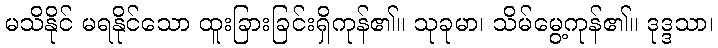
မသိနိုင် မရနိုင်သော ထူးခြားခြင်းရှိကုန်၏။ သုခုမာ၊ သိမ်မွေ့ကုန်၏။ ဒုဒ္ဒသာ၊